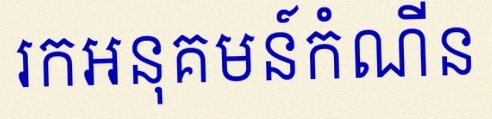
រកអនុគមន៍កំណើន